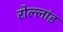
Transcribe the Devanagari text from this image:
रोल्लांड